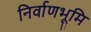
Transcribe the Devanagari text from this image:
निर्वाणभूमि